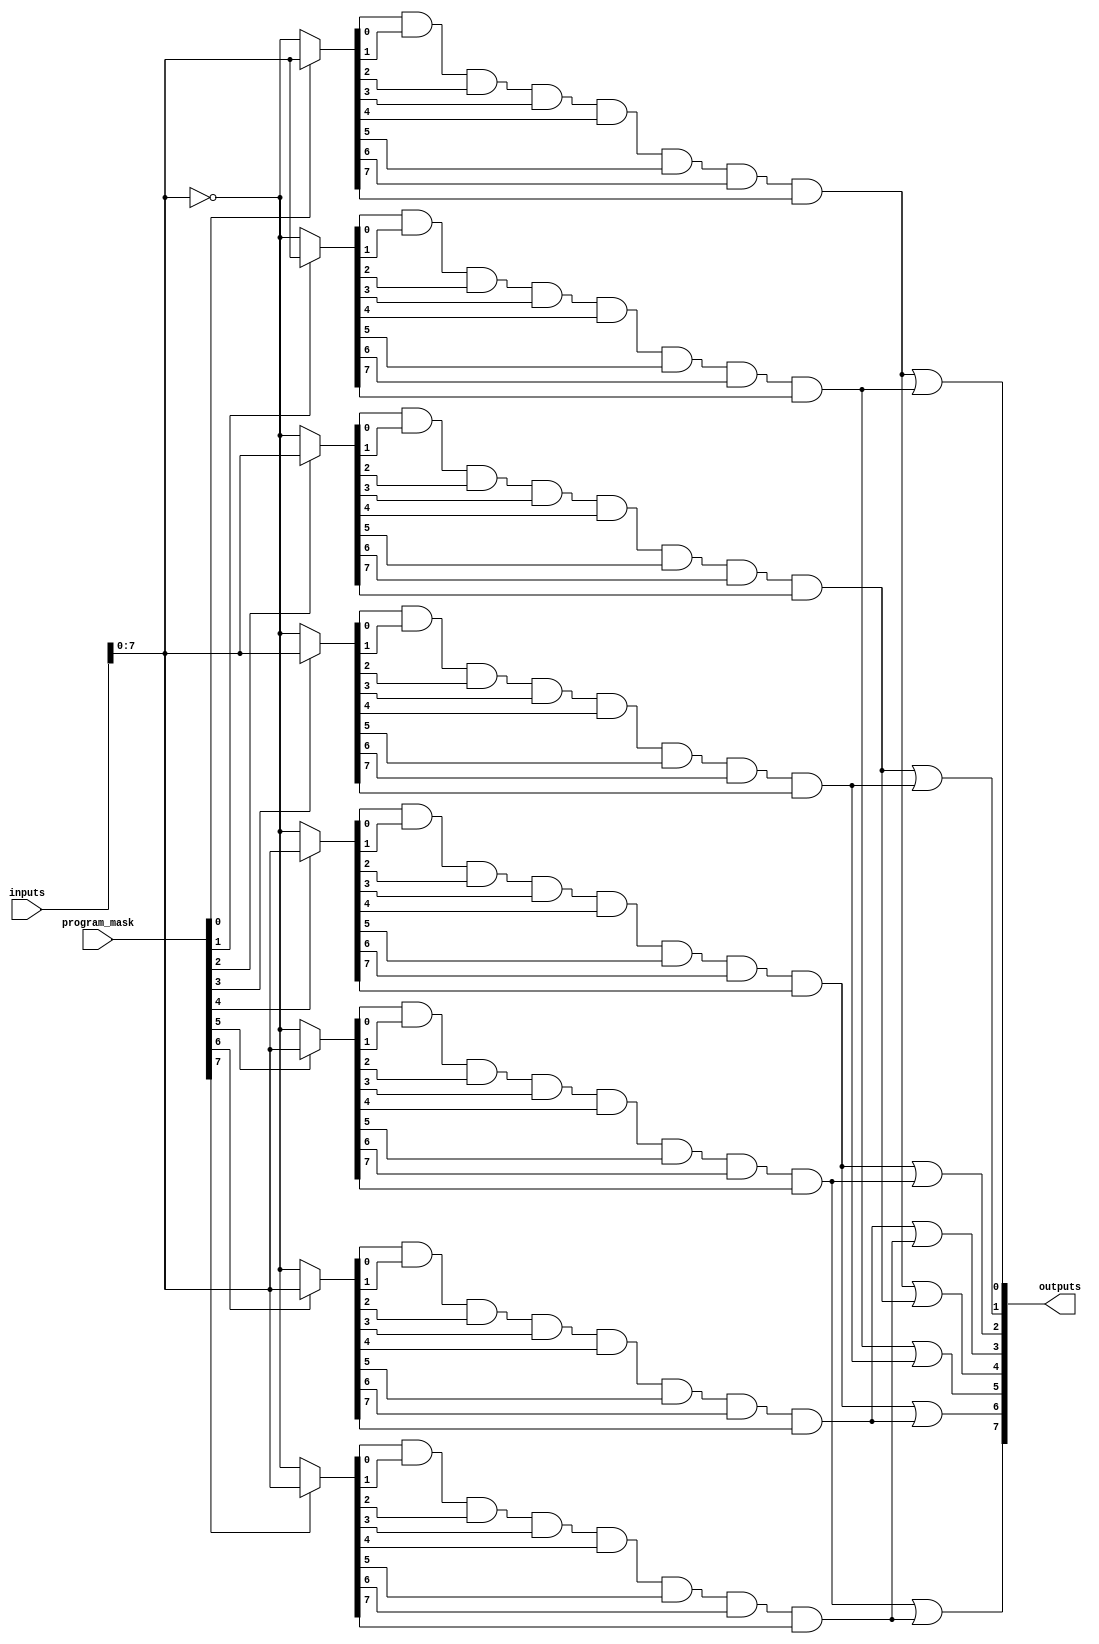
module HS_PAL (
    input wire [31:0] inputs,      // 32 inputs
    input wire [31:0] program_mask, // Programming mask for AND array
    output wire [7:0] outputs       // 8 outputs
);

// Parameters
parameter NUM_AND_TERMS = 8;      // Number of AND gates (product terms)
parameter NUM_OUTPUTS = 8;         // Number of outputs

// Internal signals
wire [NUM_AND_TERMS-1:0] and_out;  // Outputs of AND gates
wire [NUM_OUTPUTS-1:0] or_out;      // Outputs of OR gates

// Programmable AND array
genvar i;
generate
    for (i = 0; i < NUM_AND_TERMS; i = i + 1) begin : and_array
        wire [31:0] and_inputs;

        // Generate inputs for each AND gate based on programming mask
        assign and_inputs = (program_mask[i]) ? inputs : ~inputs;

        // AND gate logic
        assign and_out[i] = and_inputs[0] & and_inputs[1] & and_inputs[2] & and_inputs[3] & 
                            and_inputs[4] & and_inputs[5] & and_inputs[6] & and_inputs[7];
    end
endgenerate

// Fixed OR array
assign or_out[0] = and_out[0] | and_out[1];
assign or_out[1] = and_out[2] | and_out[3];
assign or_out[2] = and_out[4] | and_out[5];
assign or_out[3] = and_out[6] | and_out[7];
assign or_out[4] = and_out[0] | and_out[2];
assign or_out[5] = and_out[1] | and_out[3];
assign or_out[6] = and_out[4] | and_out[6];
assign or_out[7] = and_out[5] | and_out[7];

// Assign outputs to the OR array
assign outputs = or_out;

endmodule